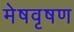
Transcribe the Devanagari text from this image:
मेषवृषण